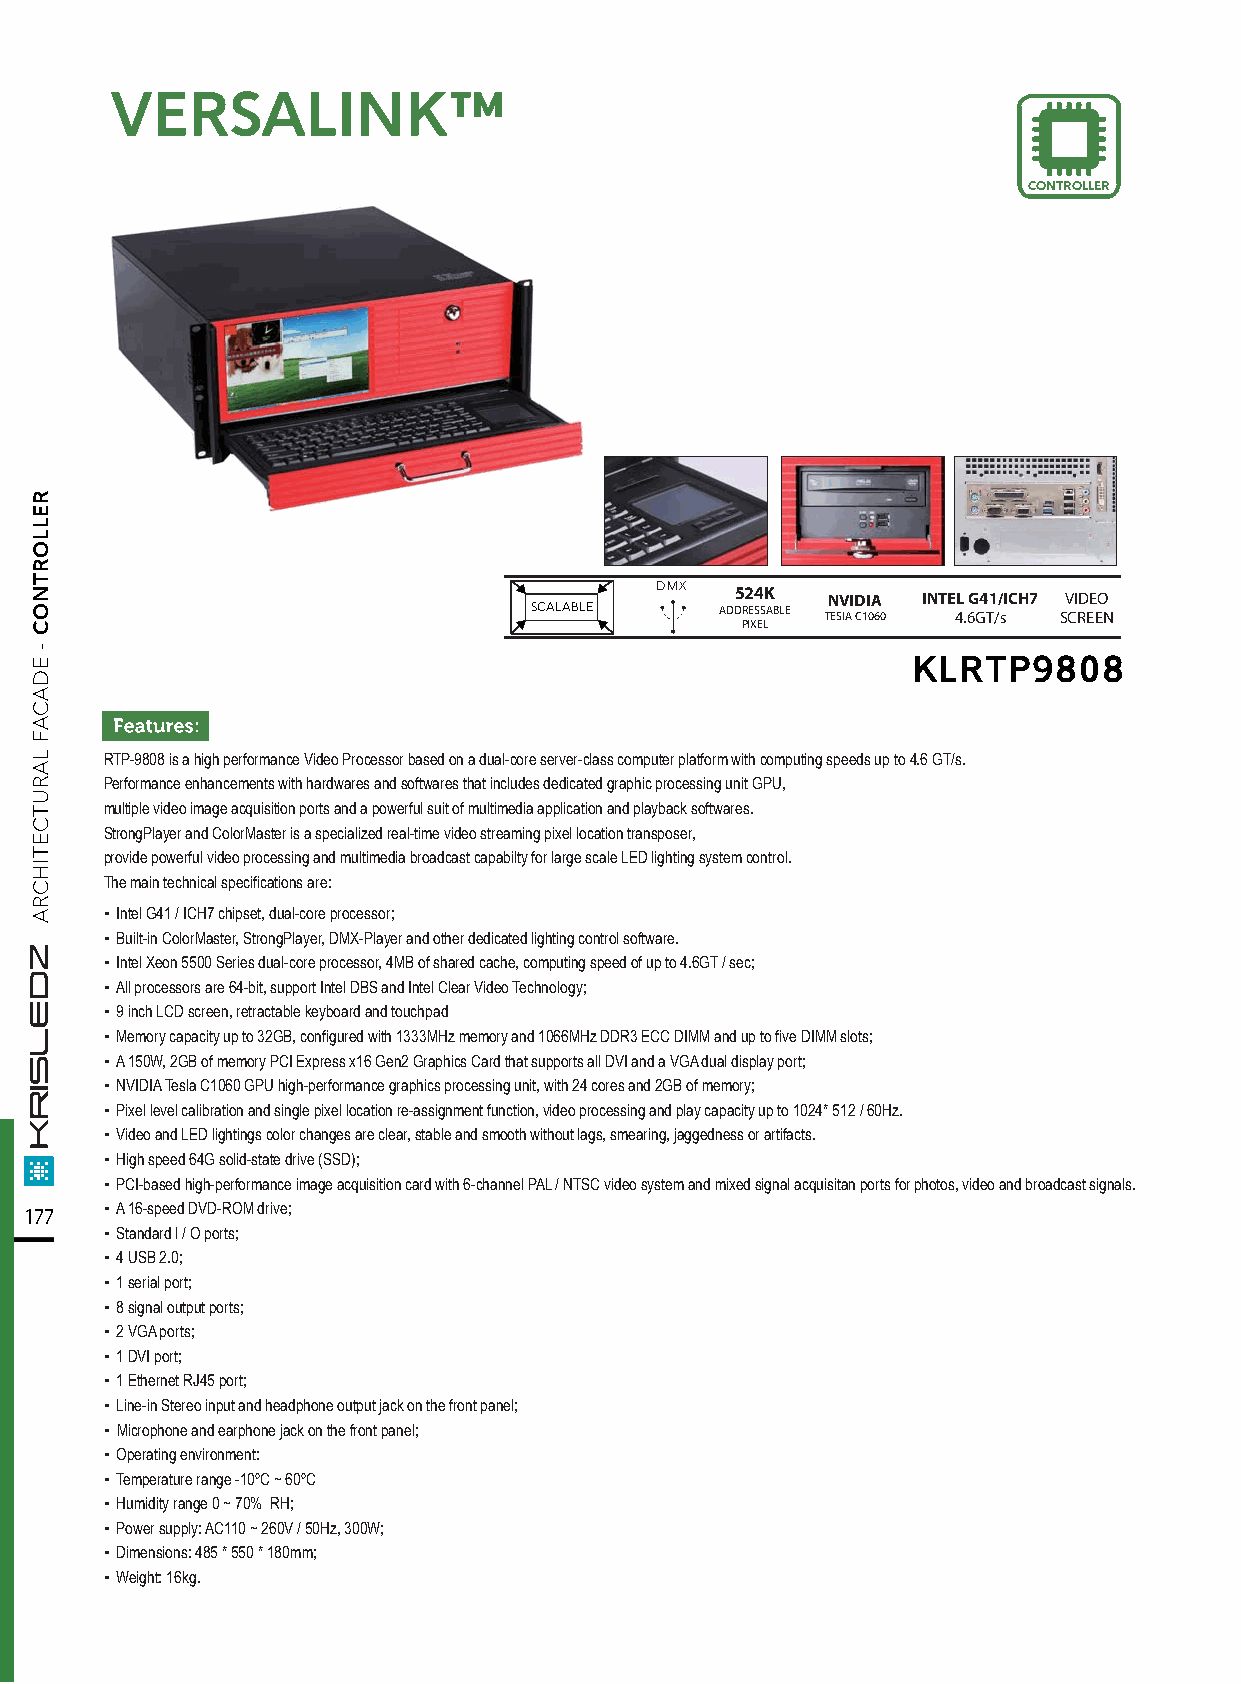
VVEERRSSAALLIINNKK™™
 CONTROLLER
 DMX
 524K  NVIDIA INTEL G41/ICH7 VIDEO
 SCALABLE     ADDRESSABLE TESIA C1060 4.6GT/s SCREEN
 PIXEL
 KLRTP9808
 RTP-9808 is a high performance Video Processor based on a dual-core server-class computer platform with computing speeds up to 4.6 GT/s.
 Performance enhancements with hardwares and softwares that includes dedicated graphic processing unit GPU,
 multiple video image acquisition ports and a powerful suit of multimedia application and playback softwares.
 StrongPlayer and ColorMaster is a specialized real-time video streaming pixel location transposer,
 provide powerful video processing and multimedia broadcast capabilty for large scale LED lighting system control.
 The main technical specifications are:
 ▪ Intel G41 / ICH7 chipset, dual-core processor;
 ▪ Built-in ColorMaster, StrongPlayer, DMX-Player and other dedicated lighting control software.
 ▪ Intel Xeon 5500 Series dual-core processor, 4MB of shared cache, computing speed of up to 4.6GT / sec;
 ▪ All processors are 64-bit, support Intel DBS and Intel Clear Video Technology;
 ▪ 9 inch LCD screen, retractable keyboard and touchpad
 ▪ Memory capacity up to 32GB, configured with 1333MHz memory and 1066MHz DDR3 ECC DIMM and up to five DIMM slots;
 ▪ A 150W, 2GB of memory PCI Express x16 Gen2 Graphics Card that supports all DVI and a VGA dual display port;
 ▪ NVIDIA Tesla C1060 GPU high-performance graphics processing unit, with 24 cores and 2GB of memory;
 ▪ Pixel level calibration and single pixel location re-assignment function, video processing and play capacity up to 1024* 512 / 60Hz.
 ▪ Video and LED lightings color changes are clear, stable and smooth without lags, smearing, jaggedness or artifacts.
 ▪ High speed 64G solid-state drive (SSD);
 ▪ PCI-based high-performance image acquisition card with 6-channel PAL / NTSC video system and mixed signal acquisitan ports for photos, video and broadcast signals.
 177  ▪ A 16-speed DVD-ROM drive;
 ▪ Standard l / O ports;
 ▪ 4 USB 2.0;
 ▪ 1 serial port;
 ▪ 8 signal output ports;
 ▪ 2 VGA ports;
 ▪ 1 DVI port;
 ▪ 1 Ethernet RJ45 port;
 ▪ Line-in Stereo input and headphone output jack on the front panel;
 ▪ Microphone and earphone jack on the front panel;
 ▪ Operating environment:
 ▪ Temperature range -10ºC ~ 60ºC
 ▪ Humidity range 0 ~ 70% RH;
 ▪ Power supply: AC110 ~ 260V / 50Hz, 300W;
 ▪ Dimensions: 485 * 550 * 180mm;
 ▪ Weight: 16kg.
 RELLORTNOC
 -
 EDACAF
 LARUTCETIHCRA